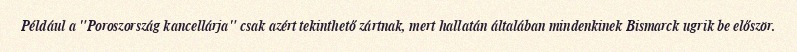
Például a "Poroszország kancellárja" csak azért tekinthető zártnak, mert hallatán általában mindenkinek Bismarck ugrik be először.